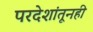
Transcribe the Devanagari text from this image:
परदेशांतूनही